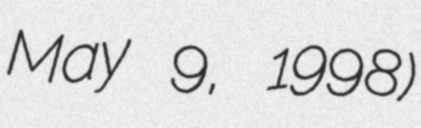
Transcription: May 9, 1998)